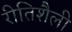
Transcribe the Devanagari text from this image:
रीतिशैली